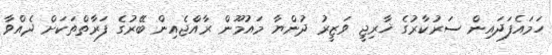
ހަމައެފަދައިން ސަރުކާރުގެ ޚާރިޖީ ވަޒީރު ދުންޔާ މައުމޫން ރާއްޖެއިން ބޭރުގެ ފަރާތްތަކަށް ދެއްވާ